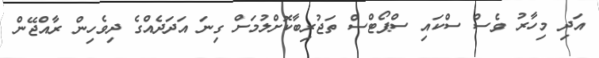
އަދި މިހާރު ވެސް ސްކައި ސްޕޯޓްސް ތަޖުރިބާކޮށްލުމަށް ގިނަ އަދަދެއްގެ ދިވެހިން ރާއްޖޭން